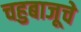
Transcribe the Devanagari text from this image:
चहुबाजूचे